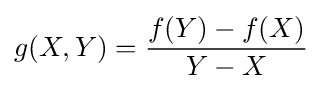
g(X,Y)={\frac {f(Y)-f(X)}{Y-X}}